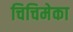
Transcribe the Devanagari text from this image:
चिचिमेका